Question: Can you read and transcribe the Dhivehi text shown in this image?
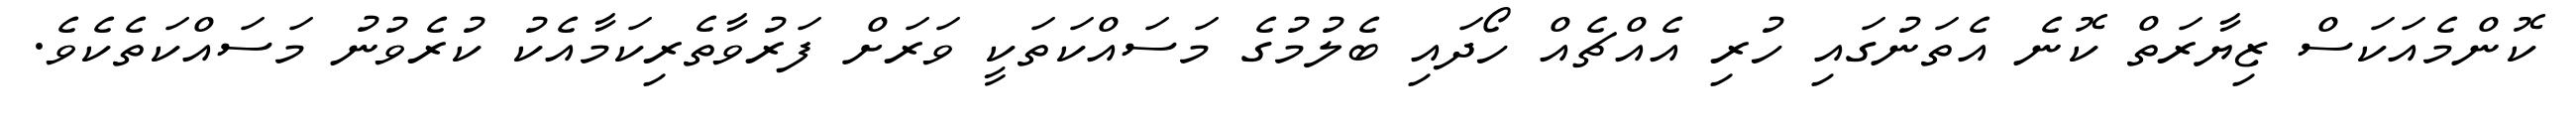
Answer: ކޮންމެއަކަސް ޒިޔާރަތް ކޮނެ އެތަނުގައި ހުރި އެއްޗެއް ހޯދައި ބެލުމުގެ މަސައްކަތަކީ ވަރަށް ފަރުވާތެރިކަމާއެކު ކުރެވުނު މަސައްކަތެކެވެ.